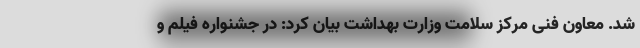
شد. معاون فنی مرکز سلامت وزارت بهداشت بیان کرد: در جشنواره فیلم و